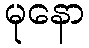
မုနော